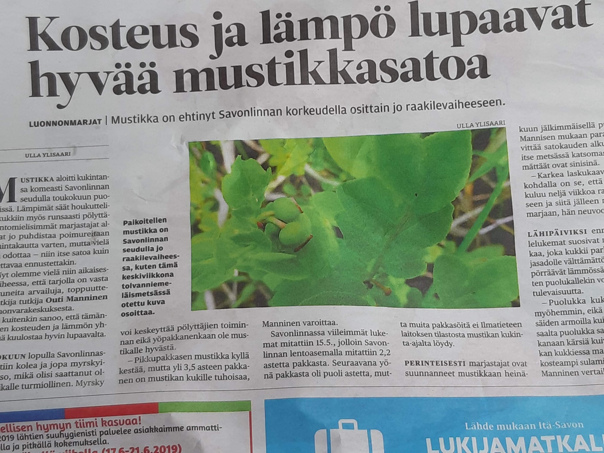
Language: fn